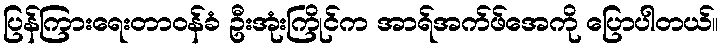
ပြန်ကြားရေးတာဝန်ခံ ဦးအုံးကြိုင်က အာရ်အက်ဖ်အေကို ပြောပါတယ်။